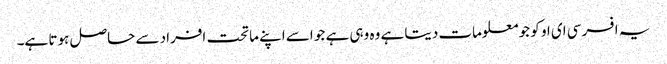
یہ افسر سی ای او کو جو معلومات دیتا ہے وہ وہی ہے جو اسے اپنے ماتحت افراد سے حاصل ہوتا ہے۔